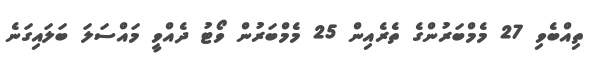
ތިއްބެވި 27 މެމްބަރުންގެ ތެރެއިން 25 މެމްބަރުން ވޯޓު ދެއްވީ މައްސަލަ ބަލައިގަނެ